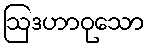
ဩဒဟာဝုသော